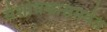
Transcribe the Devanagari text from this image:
संशोधकासमवेत